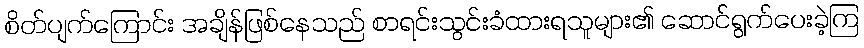
စိတ်ပျက်ကြောင်း အချိန်ဖြစ်နေသည် စာရင်းသွင်းခံထားရသူများ၏ ဆောင်ရွက်ပေးခဲ့ကြ